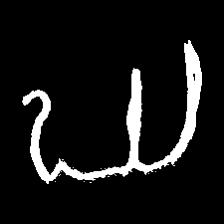
Pyu character \u2014 Myanmar letter: ဃ (romanized: gha)